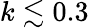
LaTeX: k\lesssim 0.3